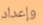
وإعداد